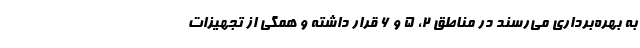
به بهره‌برداری می‌رسند در مناطق ۲، ۵ و ۶ قرار داشته و همگی از تجهیزات